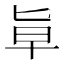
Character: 㔬